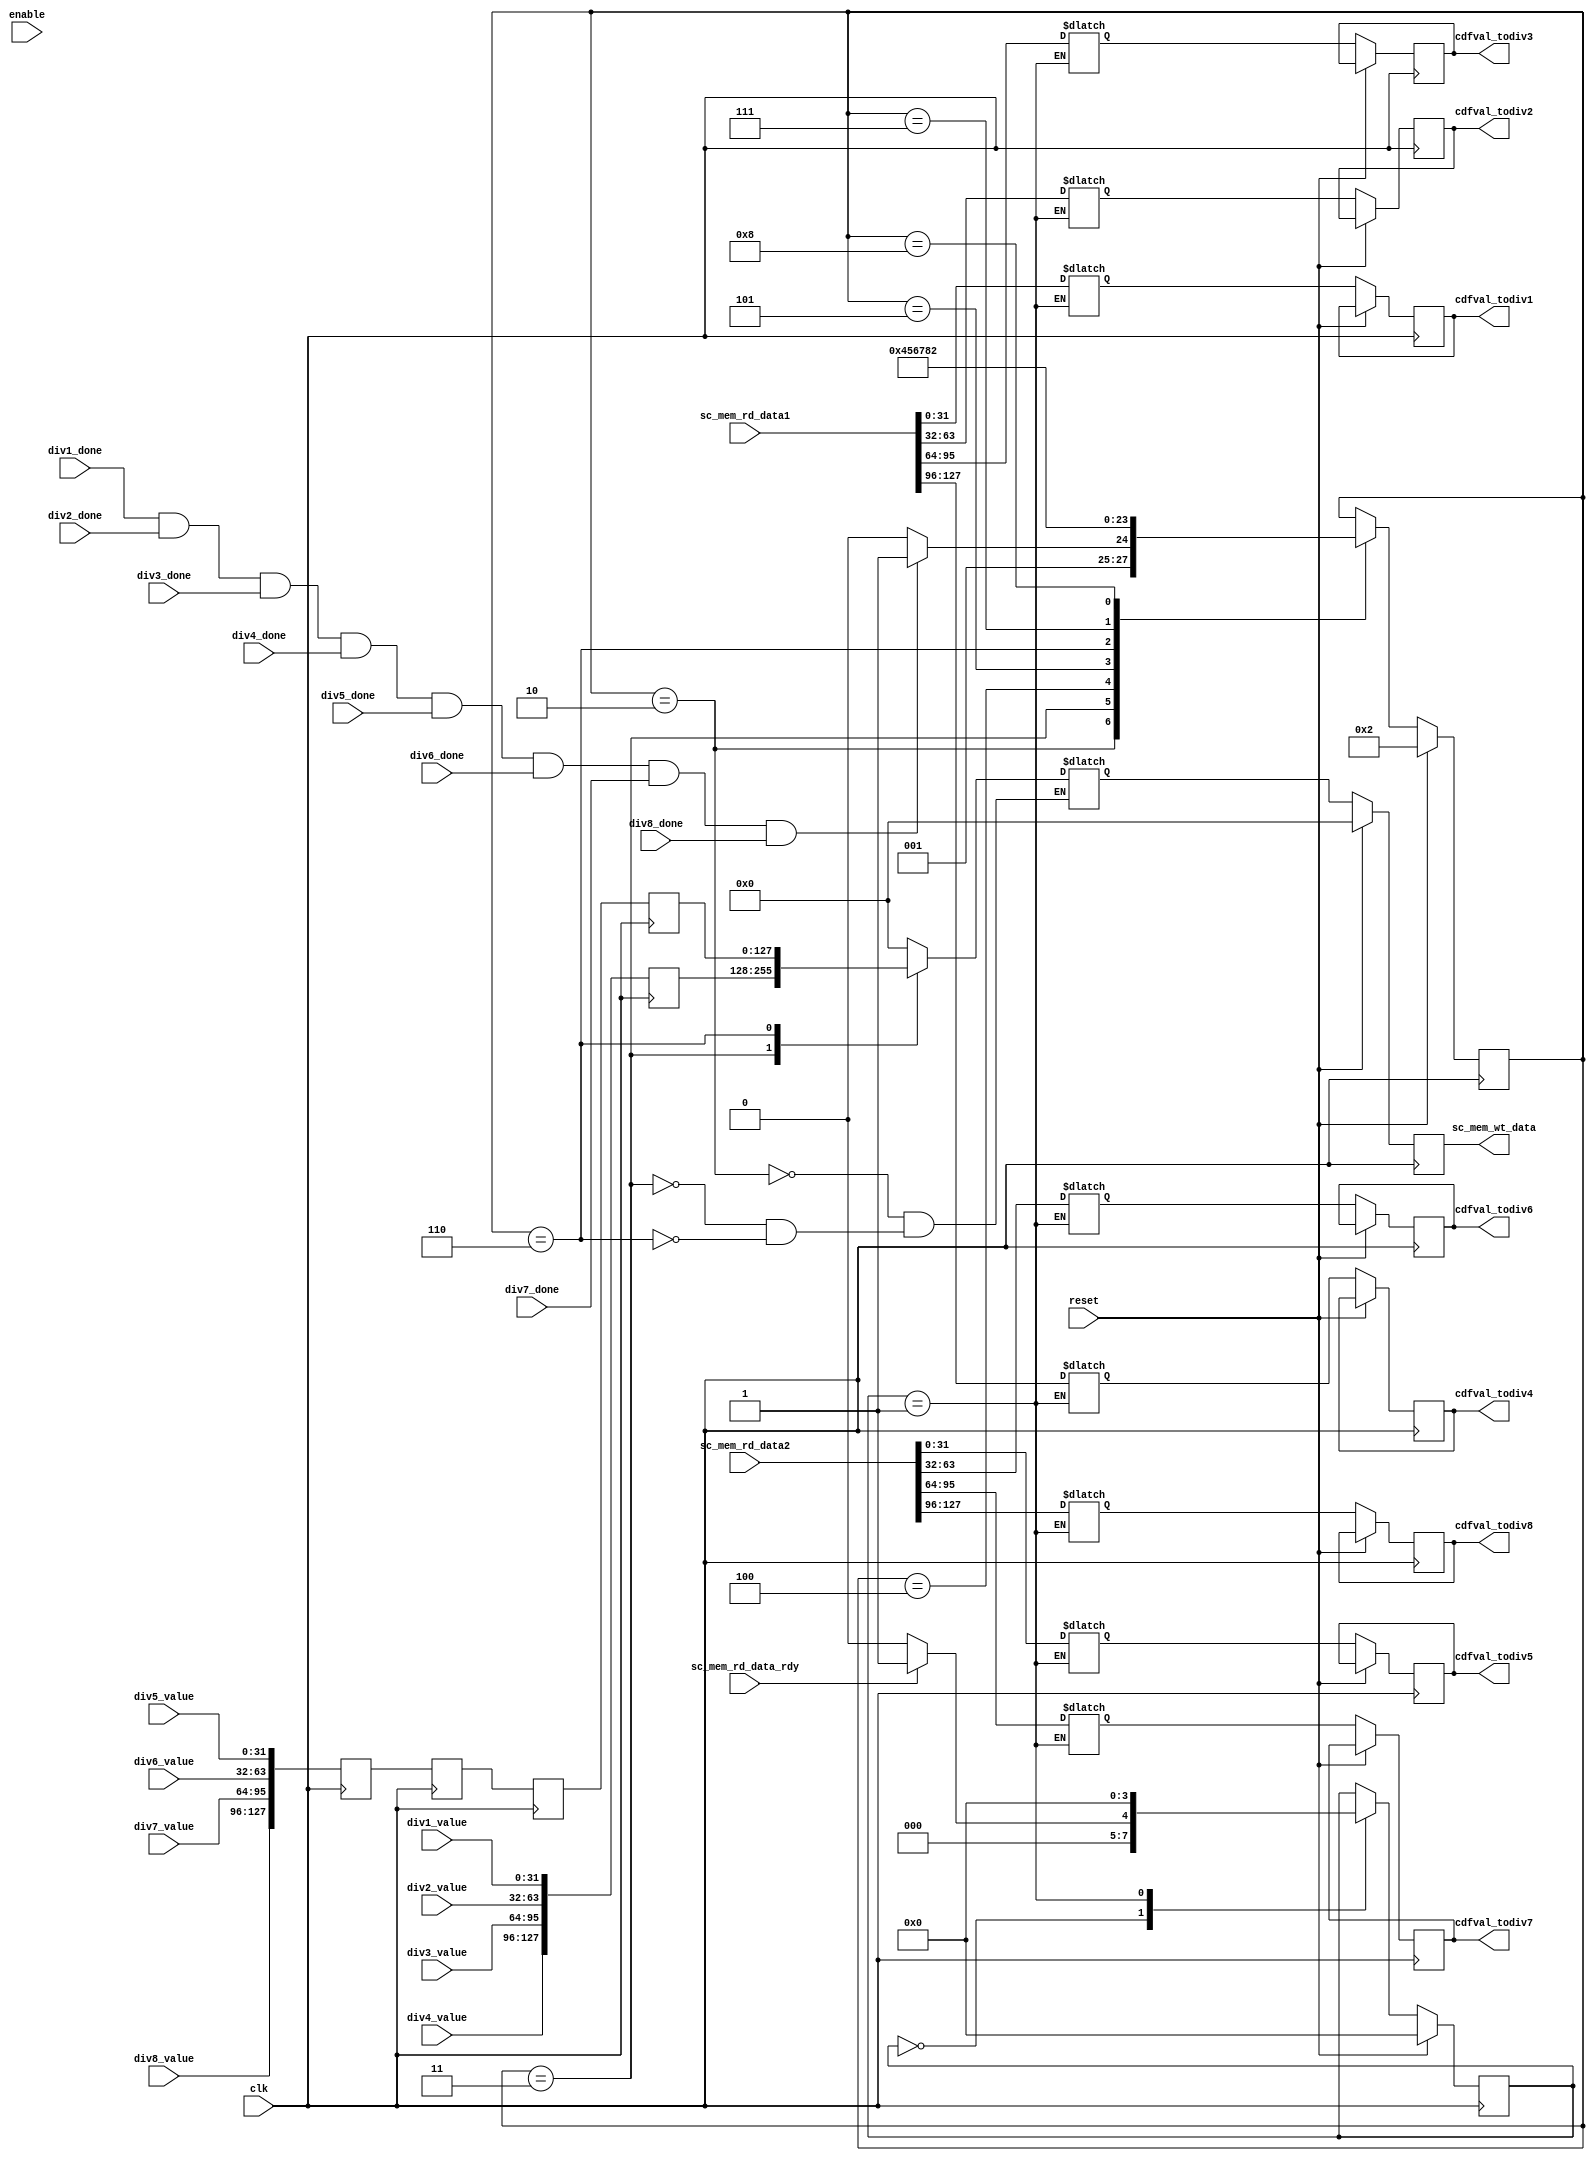
module divider_mem_datapath(
input  wire         clk,
input  wire         reset,
input  wire         enable,
input  wire         sc_mem_rd_data_rdy,
input  wire [127:0] sc_mem_rd_data1,
input  wire [127:0] sc_mem_rd_data2,
input  wire         div1_done,
input  wire         div2_done,
input  wire         div3_done,
input  wire         div4_done,
input  wire         div5_done,
input  wire         div6_done,
input  wire         div7_done,
input  wire         div8_done,
input  wire [31:0]  div1_value,
input  wire [31:0]  div2_value,
input  wire [31:0]  div3_value,
input  wire [31:0]  div4_value,
input  wire [31:0]  div5_value,
input  wire [31:0]  div6_value,
input  wire [31:0]  div7_value,
input  wire [31:0]  div8_value,
output reg  [31:0]  cdfval_todiv1,
output reg  [31:0]  cdfval_todiv2,
output reg  [31:0]  cdfval_todiv3,
output reg  [31:0]  cdfval_todiv4,
output reg  [31:0]  cdfval_todiv5,
output reg  [31:0]  cdfval_todiv6,
output reg  [31:0]  cdfval_todiv7,
output reg  [31:0]  cdfval_todiv8,
output reg  [127:0] sc_mem_wt_data
);

//ALL FSM STATE PARAMETERS
parameter
  IDLE_RD     = 4'b0000,
  CDFLATCH    = 4'b0001,
  IDLE_WT     = 4'b0010,
  WRITE1      = 4'b0011,
  WT_IDLE1    = 4'b0100,
  WT_IDLE2    = 4'b0101,
  WRITE2      = 4'b0110,
  WT_IDLE3    = 4'b0111,
  WT_IDLE4    = 4'b1000;
  
reg     [3:0]    rd_state;
reg     [3:0]    next_rd_state;
reg     [3:0]    wt_state;
reg     [3:0]    next_wt_state;
reg     [31:0]   next_cdfval_todiv1;
reg     [31:0]   next_cdfval_todiv2;
reg     [31:0]   next_cdfval_todiv3;
reg     [31:0]   next_cdfval_todiv4;
reg     [31:0]   next_cdfval_todiv5;
reg     [31:0]   next_cdfval_todiv6;
reg     [31:0]   next_cdfval_todiv7;
reg     [31:0]   next_cdfval_todiv8;
reg     [127:0]  next_sc_mem_wt_data;
reg     [127:0]  wt_data1;
reg     [127:0]  wt_data2;
reg     [127:0]  wt_data2_D1;
reg     [127:0]  wt_data2_D2;
reg     [127:0]  wt_data2_D3;
wire             all_div_done;


assign   all_div_done     =  (div1_done & div2_done & div3_done & div4_done & div5_done & div6_done & div7_done & div8_done);

//Update Write data using Reg
always @ (posedge clk) begin
	wt_data1[127:0]   <=   {div4_value, div3_value, div2_value, div1_value};
	wt_data2[127:0]   <=   {div8_value, div7_value, div6_value, div5_value};
end

//Staging delay for Wt Data2
always @ (posedge clk) begin
	wt_data2_D1     <=   wt_data2;
	wt_data2_D2     <=   wt_data2_D1;
	wt_data2_D3     <=   wt_data2_D2;
end

//Moore output updates
always @(posedge clk) begin

  if(reset) begin
	rd_state        <=   IDLE_RD;
	wt_state        <=   IDLE_WT;
	sc_mem_wt_data  <=   128'd0;
  end
  else begin
	rd_state        <=   next_rd_state;
	wt_state        <=   next_wt_state;
	sc_mem_wt_data  <=   next_sc_mem_wt_data;
    cdfval_todiv1   <=   next_cdfval_todiv1;
	cdfval_todiv2   <=   next_cdfval_todiv2;
	cdfval_todiv3   <=   next_cdfval_todiv3;
	cdfval_todiv4   <=   next_cdfval_todiv4;
	cdfval_todiv5   <=   next_cdfval_todiv5;
	cdfval_todiv6   <=   next_cdfval_todiv6;
	cdfval_todiv7   <=   next_cdfval_todiv7;
	cdfval_todiv8   <=   next_cdfval_todiv8;
  end
end

//FSM LOGIC TO LATCH DATA ONTO DIVIDER UNITS
always @(*) begin

case(rd_state)

    //IDLE state after reset and wait for read rdy
    IDLE_RD:begin
		
		if(sc_mem_rd_data_rdy) begin
		next_rd_state   =   CDFLATCH;
		end
		else begin
		next_rd_state   =   IDLE_RD;
		end
	end
	
	//State to latch inputs to divider units
	CDFLATCH:begin
		next_cdfval_todiv1  =  sc_mem_rd_data1[31:0];
		next_cdfval_todiv2  =  sc_mem_rd_data1[63:32];
		next_cdfval_todiv3  =  sc_mem_rd_data1[95:64];
		next_cdfval_todiv4  =  sc_mem_rd_data1[127:96];
		next_cdfval_todiv5  =  sc_mem_rd_data2[31:0];
		next_cdfval_todiv6  =  sc_mem_rd_data2[63:32];
		next_cdfval_todiv7  =  sc_mem_rd_data2[95:64];
		next_cdfval_todiv8  =  sc_mem_rd_data2[127:96];
		next_rd_state       =  IDLE_RD;
	end
	
	default : next_rd_state  =  rd_state;
endcase
end

//FSM LOGIC TO SWITCH WRITE DATA
always @(*) begin

case(wt_state)

    //IDLE state after reset and wait for all_div_done
    IDLE_WT:begin
		
		next_sc_mem_wt_data   =  128'd0;
		
		if(all_div_done) begin
		next_wt_state  =  WRITE1;
		end
		else begin
		next_wt_state  =  IDLE_WT;
		end
	end
	
	//Write for 1st line into scratch mem
	WRITE1:begin
		next_sc_mem_wt_data  =  wt_data1;
		next_wt_state        =  WT_IDLE1;
	end
	
	//Idle write state 1
	WT_IDLE1:begin
	
		next_wt_state  =  WT_IDLE2;
	end
	
	//Idle write state 2
	WT_IDLE2:begin
	
		next_wt_state  =  WRITE2;
	end
	
	//Write for second line into scratch mem
	WRITE2:begin
		next_sc_mem_wt_data  =  wt_data2_D3;
		next_wt_state        =  WT_IDLE3;
	end
	
	//Idle write state 3
	WT_IDLE3:begin
	
		next_wt_state  =  WT_IDLE4;
	end
	
	//Idle write state 4
	WT_IDLE4:begin
	
		next_wt_state  =  IDLE_WT;
	end	
	
	default : next_wt_state  = wt_state;
endcase
end

	
endmodule